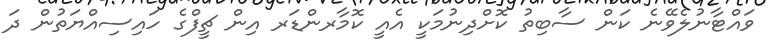
ވައްޓާނުލެވޭނެ ކަން ސާބިތު ކޮށްދިނުމަކީ އެއީ ކޮމާރންޑަރ އިން ޗީފްގެ ހައިސިއްޔަތުން ދަ